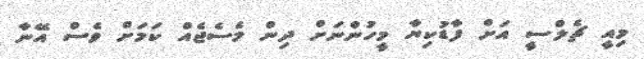
މިއީ ޗެލްސީ އަށް ފާޑުކިޔާ މީހުންނަށް ދިން މެސެޖެއް ކަމަށް ވެސް އޭނާ